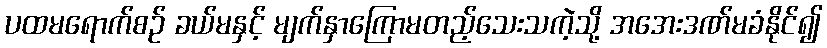
ပထမရောက်စဉ် ခယ်မနှင့် မျက်နှာကြောမတည့်သေးသကဲ့သို့ အအေးဒဏ်မခံနိုင်၍